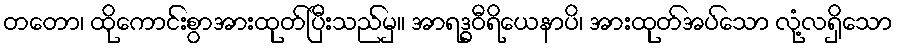
တတော၊ ထိုကောင်းစွာအားထုတ်ပြီးသည်မှ။ အာရဒ္ဓဝီရိယေနာပိ၊ အားထုတ်အပ်သော လုံ့လရှိသော